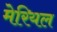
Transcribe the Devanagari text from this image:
मेरियल